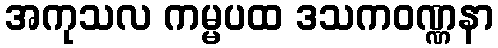
အကုသလ ကမ္မပထ ဒသကဝဏ္ဏနာ